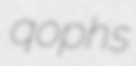
qophs